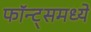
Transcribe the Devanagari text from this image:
फॉन्ट्‌समध्ये